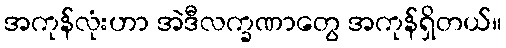
အကုန်လုံးဟာ အဲဒီလက္ခဏာတွေ အကုန်ရှိတယ်။